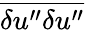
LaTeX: \overline{{{\delta u^{\prime\prime}\delta u^{\prime\prime}}}}